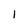
Character: 1